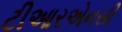
ટીઆરએનસી